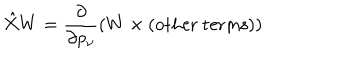
LaTeX: \hat { X } W = \frac { \partial } { \partial p _ { \nu } } ( W \times ( \mathrm { o t h e r ~ t e r m s } ) )